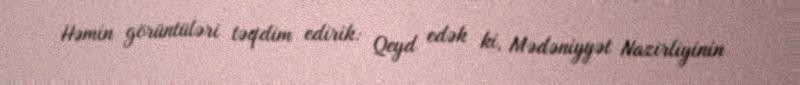
Həmin görüntüləri təqdim edirik: Qeyd edək ki, Mədəniyyət Nazirliyinin